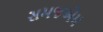
સમજએમ